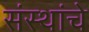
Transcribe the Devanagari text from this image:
संंस्थांचे